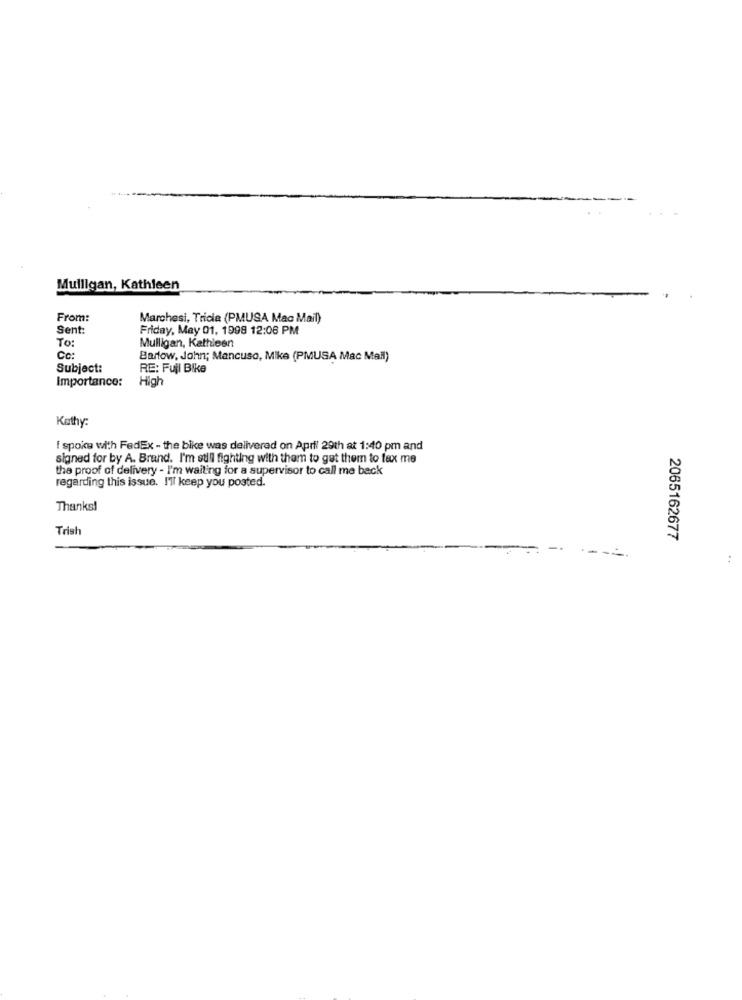
Mulligan, Kathleen
From:
Marchesi, Tricia (PMUSA Mac Mail)
Sent:
Friday, May 01, 1998 12:06 PM
To:
Mulligan, Kathleen
Cc:
Barlow, John; Mancuso, Mike (PMUSA Mac Mail)
Subject:
RE: Full Bike
Importance:
High
Kathy:
I spoke with FedEx - the bike was delivered on April 29th at 1:40 pm and
signed for by A. Brand. I'm still fighting with them to get them to fax me
the proof of delivery - I'm waiting for a supervisor to call me back
regarding this issue. I'll keep you posted.
Thanks!
Trish
2065162677